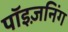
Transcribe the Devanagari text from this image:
पॉइज़निंग